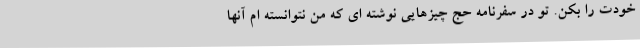
خودت را بکن. تو در سفرنامه حج چیزهایی نوشته ای که من نتوانسته ام آنها